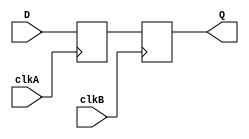
module master_slave_synchronizer (
    input wire D,          // Data input
    input wire clkA,      // Clock for master flip-flop
    input wire clkB,      // Clock for slave flip-flop
    output reg Q          // Synchronized output
);

    // Internal signal for master flip-flop output
    reg Q1;

    // Master Flip-Flop: Captures D on the rising edge of clkA
    always @(posedge clkA) begin
        Q1 <= D;          // Capture input D
    end

    // Slave Flip-Flop: Captures Q1 on the rising edge of clkB
    always @(posedge clkB) begin
        Q <= Q1;         // Capture output from master flip-flop
    end

endmodule